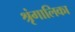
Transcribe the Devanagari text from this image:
श्रृंगालिका